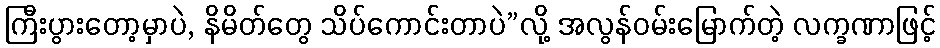
ကြီးပွားတော့မှာပဲ, နိမိတ်တွေ သိပ်ကောင်းတာပဲ”လို့ အလွန်ဝမ်းမြောက်တဲ့ လက္ခဏာဖြင့်